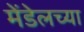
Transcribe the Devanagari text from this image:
मेंडेलच्या